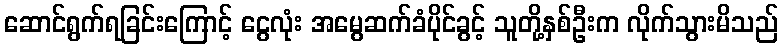
ဆောင်ရွက်ရခြင်းကြောင့် ငွေလုံး အမွေဆက်ခံပိုင်ခွင့် သူတို့နှစ်ဦးက လိုက်သွားမိသည်